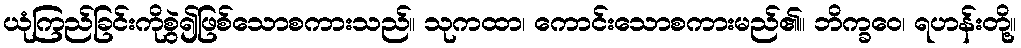
ယုံကြည်ခြင်းကိုစွဲ၍ဖြစ်သောစကားသည်။ သုကထာ၊ ကောင်းသောစကားမည်၏။ ဘိက္ခဝေ၊ ရဟန်းတို့။